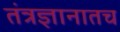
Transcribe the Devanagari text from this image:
तंत्रज्ञानातच